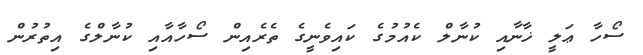
ސޯހާ ޢަލީ ޚާނާއި ކުނާލް ކެއުމުގެ ކައިވެނީގެ ތެރެއިން ސޯހާއާއި ކުނާލްގެ އިތުރުން